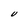
Character: U